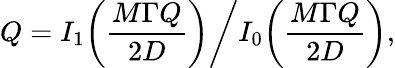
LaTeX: Q=I_{1}\bigg(\frac{M\Gamma Q}{2D}\bigg)\bigg/I_{0}\bigg(\frac{M\Gamma Q}{2D}\bigg),